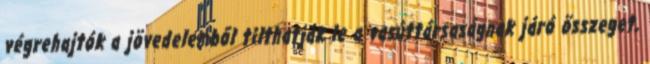
végrehajtók a jövedelemből tilthatják le a vasúttársaságnak járó összeget,